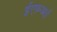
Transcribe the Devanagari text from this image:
ईएफ़आई